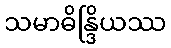
သမာဓိန္ဒြိယဿ